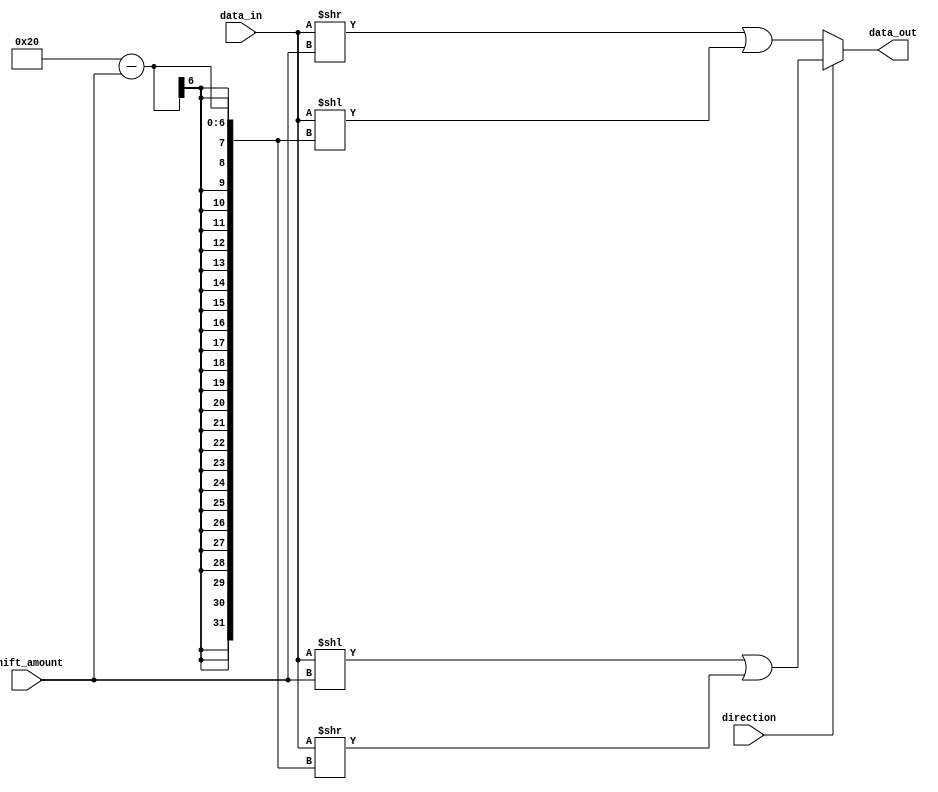
module barrel_shifter(
    input [31:0] data_in,
    input [3:0] shift_amount,
    input direction,
    output [31:0] data_out
);

    reg [31:0] temp_data;

    always @(*) begin
        if(direction) begin
            temp_data = (data_in << shift_amount) | (data_in >> (32 - shift_amount));
        end else begin
            temp_data = (data_in >> shift_amount) | (data_in << (32 - shift_amount));
        end
    end

    assign data_out = temp_data;

endmodule